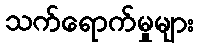
သက်ရောက်မှုများ